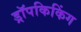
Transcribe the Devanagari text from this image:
ड्रॉपकिकिंग